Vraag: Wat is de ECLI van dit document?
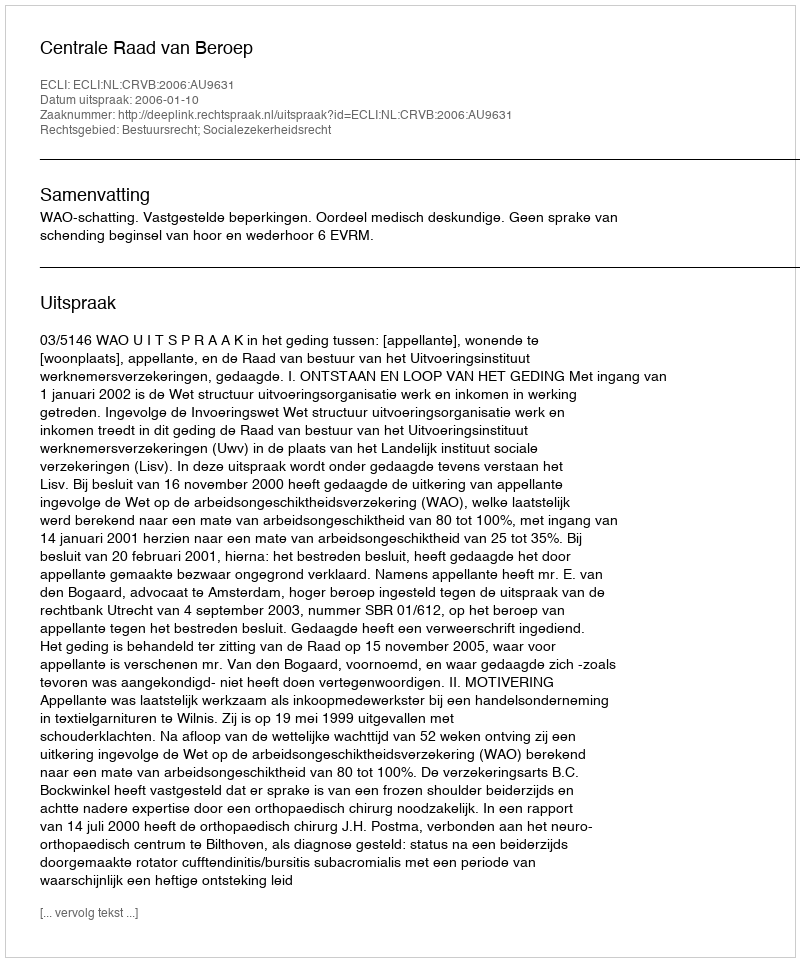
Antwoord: ECLI:NL:CRVB:2006:AU9631